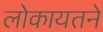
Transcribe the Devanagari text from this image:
लोकायतने